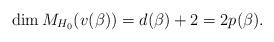
LaTeX: \begin{align*}\dim M_{H_0}( v(\beta))=d(\beta)+2=2p(\mathbf \beta).\end{align*}